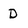
Character: D